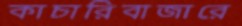
কাচারিবাজারে